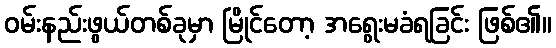
ဝမ်းနည်းဖွယ်တစ်ခုမှာ မြိုင်တော့ အရွေးမခံရခြင်း ဖြစ်၏။